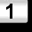
Digit: 1